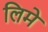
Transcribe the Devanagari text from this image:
लिमे